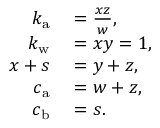
\begin{array} { r l } { k _ { \mathrm { a } } } & { { } = \frac { x z } { w } , } \\ { k _ { \mathrm { w } } } & { { } = x y = 1 , } \\ { x + s } & { { } = y + z , } \\ { c _ { \mathrm { a } } } & { { } = w + z , } \\ { c _ { \mathrm { b } } } & { { } = s . } \end{array}